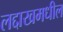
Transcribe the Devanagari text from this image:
लद्दाखमधील